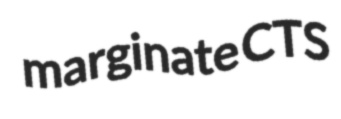
marginate CTS